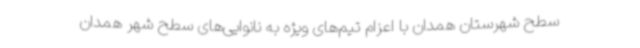
سطح شهرستان همدان با اعزام تیم‌های ویژه به نانوایی‌های سطح شهر همدان